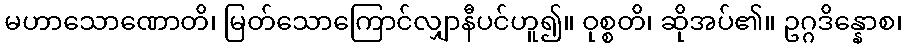
မဟာသောဏောတိ၊ မြတ်သောကြောင်လျှာနီပင်ဟူ၍။ ဝုစ္စတိ၊ ဆိုအပ်၏။ ဥဂ္ဂဒိန္နောစ၊